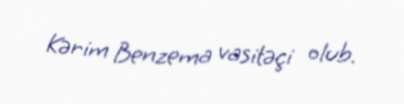
Kərim Benzema vasitəçi olub.